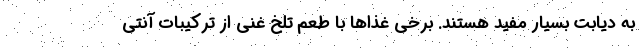
به دیابت بسیار مفید هستند. برخی غذا‌ها با طعم تلخ غنی از ترکیبات آنتی